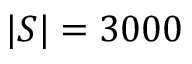
\vert { \cal S } \vert = 3 0 0 0